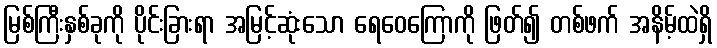
မြစ်ကြီးနှစ်ခုကို ပိုင်းခြားရာ အမြင့်ဆုံးသော ရေဝေကြောကို ဖြတ်၍ တစ်ဖက် အနိမ့်ထဲရှိ